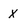
Character: X